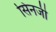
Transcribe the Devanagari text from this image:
सिनजी